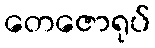
တေဇောရုပ်